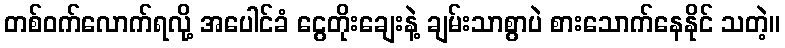
တစ်ဝက်လောက်ရလို့ အပေါင်ခံ ငွေတိုးချေးနဲ့ ချမ်းသာစွာပဲ စားသောက်နေနိုင် သတဲ့။